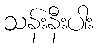
သန်းနီးပါး